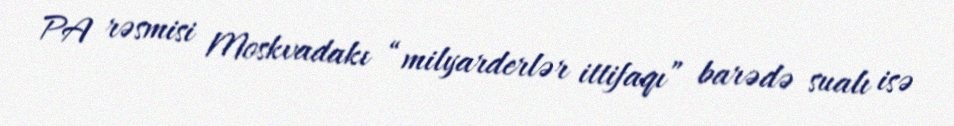
PA rəsmisi Moskvadakı “milyarderlər ittifaqı” barədə sualı isə